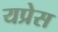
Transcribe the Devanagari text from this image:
यप्रेस